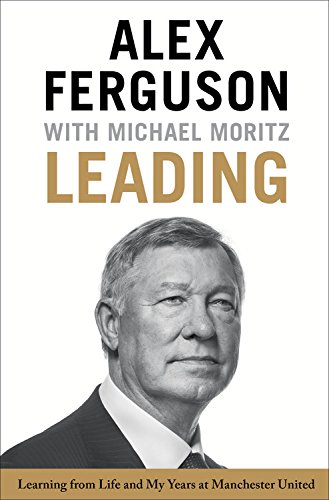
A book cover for Leading: Learning from Life and My Years at Manchester United; Alex Ferguson; Business & Money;